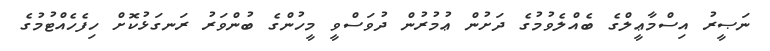
ނަޞީރު އިސްމާޢީލްގެ ބެއްލެވުމުގެ ދަށުން ޢުމުރުން ދުވަސްވީ މީހުންގެ ބުންވަރު ރަނގަޅުކޮށް ހިފެހެއްޓުމުގެ